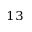
^ { 1 3 }